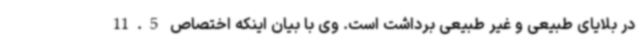
در بلایای طبیعی و غیر طبیعی برداشت است. وی با بیان اینکه اختصاص 11.5